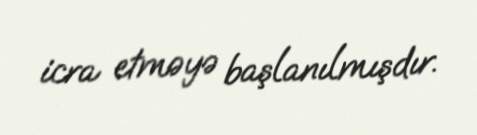
icra etməyə başlanılmışdır.